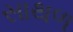
સાથળ